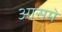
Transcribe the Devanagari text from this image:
आसमे